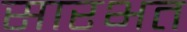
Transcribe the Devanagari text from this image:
सारभत